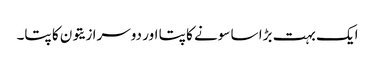
ایک بہت بڑا سا سونے کا پتا اور دوسرا زیتون کا پتا۔